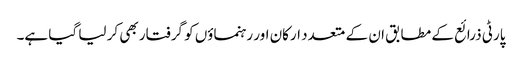
پارٹی ذرائع کے مطابق ان کے متعدد ارکان اور رہنماؤں کو گرفتار بھی کر لیا گیا ہے۔